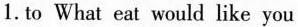
1.to What eat would like you